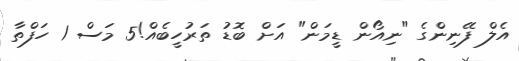
އެލް ފޭނިންގެ "ނިއޯން ޑީމަން" އަށް ބޮޑު ތަރުހީބެއް!5 މަސް 1 ހަފްތާ